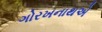
ગોરખનાથએ